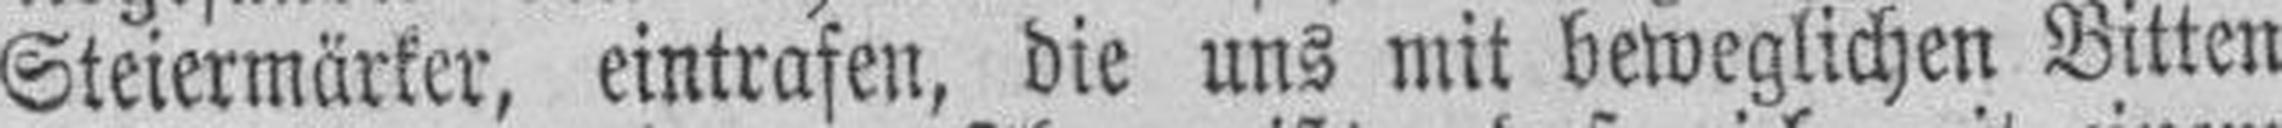
Steiermärker, eintrafen, die uns mit beweglichen Bitten